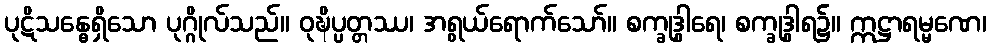
ပုဋိသန္ဓေရှိသော ပုဂ္ဂိုလ်သည်။ ဝုဍ္ဎိပ္ပတ္တဿ၊ အရွယ်ရောက်သော်။ စက္ခုဒွါရေ၊ စက္ခုဒွါရ၌။ ဣဋ္ဌာရမ္မဏေ၊